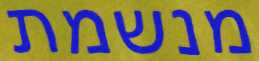
מנשמת